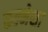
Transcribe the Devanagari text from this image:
कल्मेशा